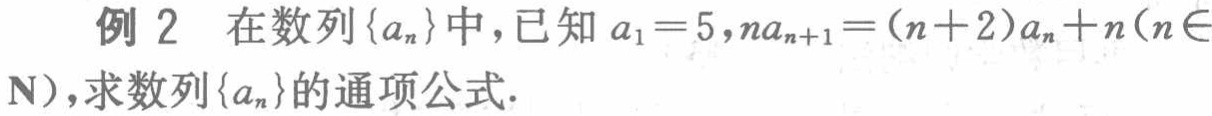
例 2 在数列\(\{a_{n}\}\)中，已知\(a_{1}=5,na_{n + 1}=(n + 2)a_{n}+n(n\in\mathbf{N})\)，求数列\(\{a_{n}\}\)的通项公式.